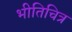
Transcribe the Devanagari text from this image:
भीतिचित्र